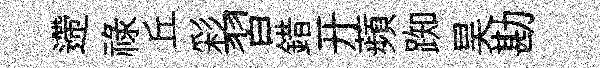
遰祿丘彩習錯开蘋踟昊勘